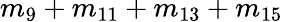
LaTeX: m_{9}+m_{11}+m_{13}+m_{15}